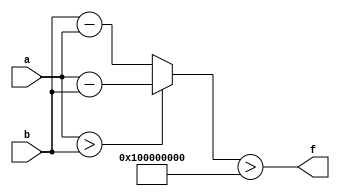
module wce_mit(a, b, f);
parameter _bit = 64;
parameter wce = 4294967296;
input [_bit - 1: 0] a;
input [_bit - 1: 0] b;
output f;
wire [_bit - 1: 0] diff;
assign diff = (a > b)? (a - b): (b - a);
assign f = (diff > wce);
endmodule